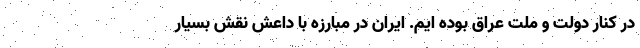
در کنار دولت و ملت عراق بوده ایم. ایران در مبارزه با داعش نقش بسیار